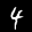
Label: 4